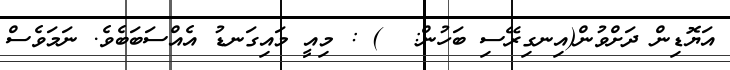
އަޔޮޑިން ދަށްވުން(އިނގިރޭސި ބަހުން:  ) : މިއީ މައިގަނޑު އެއްސަބަބެވެ. ނަމަވެސް